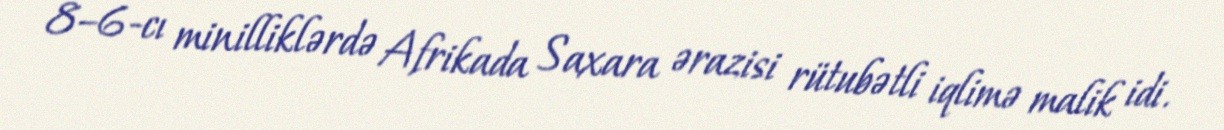
8–6-cı minilliklərdə Afrikada Saxara ərazisi rütubətli iqlimə malik idi.